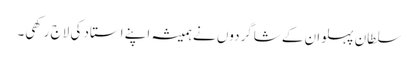
سلطان پہلوان کے شاگردوں نے ہمیشہ اپنے استاد کی لاج رکھی۔